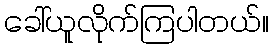
ခေါ်ယူလိုက်ကြပါတယ်။